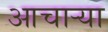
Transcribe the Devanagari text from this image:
आचार्‍या